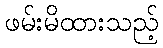
ဖမ်းမိထားသည့်